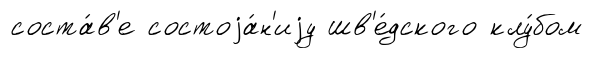
соста́в'е состоjа́н'иjу шв'е́дского клу́бом